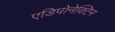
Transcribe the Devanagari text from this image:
एडिपोनेक्टिन